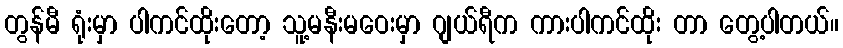
တွန်မီ ရုံးမှာ ပါကင်ထိုးတော့ သူ့မနီးမဝေးမှာ ဂျယ်ရီက ကားပါကင်ထိုး တာ တွေ့ပါတယ်။